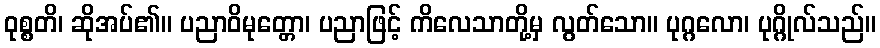
ဝုစ္စတိ၊ ဆိုအပ်၏။ ပညာဝိမုတ္တော၊ ပညာဖြင့် ကိလေသာတို့မှ လွတ်သော။ ပုဂ္ဂလော၊ ပုဂ္ဂိုလ်သည်။